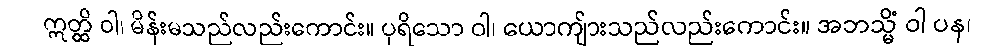
ဣတ္ထိ ဝါ၊ မိန်းမသည်လည်းကောင်း။ ပုရိသော ဝါ၊ ယောကျ်ားသည်လည်းကောင်း။ အဘသ္မိံ ဝါ ပန၊